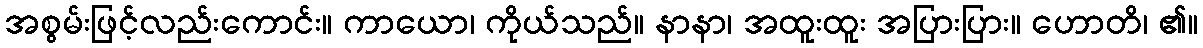
အစွမ်းဖြင့်လည်းကောင်း။ ကာယော၊ ကိုယ်သည်။ နာနာ၊ အထူးထူး အပြားပြား။ ဟောတိ၊ ၏။